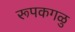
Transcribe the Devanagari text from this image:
रूपकगळु